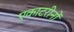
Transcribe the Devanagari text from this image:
एकाटरीनों